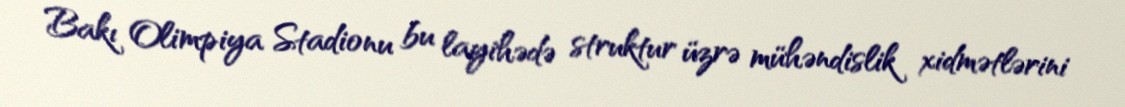
Bakı Olimpiya Stadionu bu layihədə struktur üzrə mühəndislik xidmətlərini